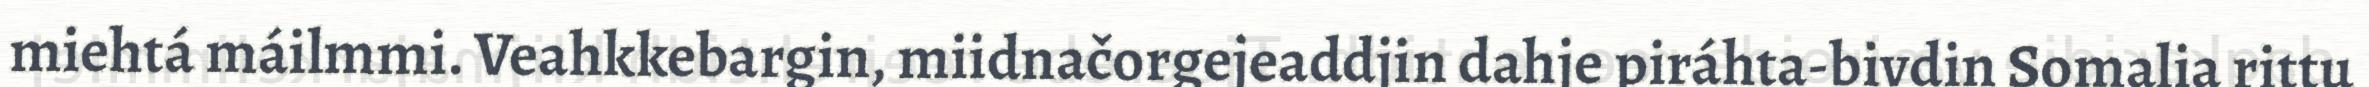
miehtá máilmmi. Veahkkebargin, miidnačorgejeaddjin dahje piráhta-bivdin Somalia rittu